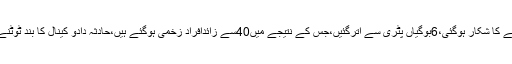
2015ء)کراچی سے کوئٹہ جانے والی بولان ایکسپریس سکھر کے قریب حادثے کا شکار ہوگئی،6بوگیاں پٹری سے اترگئیں،جس کے نتیجے میں40سے زائدافراد زخمی ہوگئے ہیں،حادثہ دادو کینال کا بند ٹوٹنے کے باعث پیش آیا تاہم حادثے میں بولان ایکسپریس بڑے نقصان سے بچ گئی۔